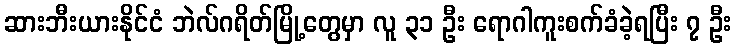
ဆားဘီးယားနိုင်ငံ ဘဲလ်ဂရိတ်မြို့တွေမှာ လူ ၃၁ ဦး ရောဂါကူးစက်ခံခဲ့ရပြီး ၇ ဦး